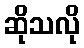
ဆိုသလို